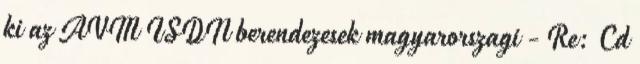
ki az AVM ISDN berendezesek magyarorszagi - Re: Cd